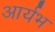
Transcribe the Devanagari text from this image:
आर्यभ